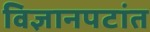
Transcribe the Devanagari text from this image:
विज्ञानपटांत